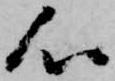
心